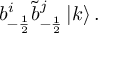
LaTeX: b _ { - \frac { 1 } { 2 } } ^ { i } \tilde { b } _ { - \frac { 1 } { 2 } } ^ { j } \left| k \right> .